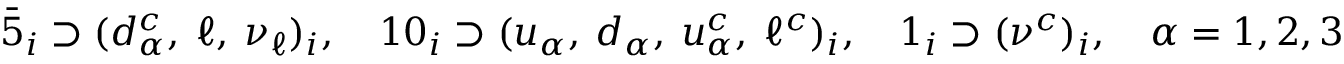
\bar { 5 } _ { i } \supset ( d _ { \alpha } ^ { c } , \ \ell , \ \nu _ { \ell } ) _ { i } , \quad 1 0 _ { i } \supset ( u _ { \alpha } , \ d _ { \alpha } , \ u _ { \alpha } ^ { c } , \ \ell ^ { c } ) _ { i } , \quad 1 _ { i } \supset ( \nu ^ { c } ) _ { i } , \quad \alpha = 1 , 2 , 3 .